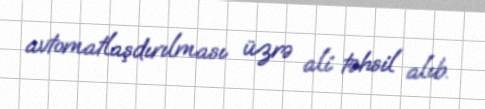
avtomatlaşdırılması üzrə ali təhsil alıb.